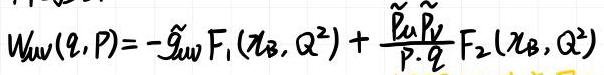
$W_{\mu\nu}(q,P)=-\tilde{g}_{\mu\nu}F_1(x_B,Q^2)+\frac{\tilde{p}_\mu\tilde{p}_\nu}{P\cdot q}F_2(x_B,Q^2)$